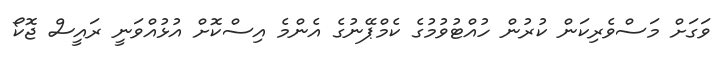
ވަގަށް މަސްވެރިކަން ކުރުން ހުއްޓުވުމުގެ ކެމްޕޭނުގެ އެންމެ އިސްކޮށް އުޅުއްވަނީ ރައީސް ޖޮކޯ